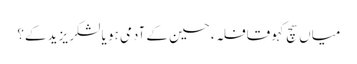
میاں سچ کہو قافلہء حسین کے آدمی ہو یا لشکرِ یزید کے؟